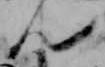
ん